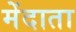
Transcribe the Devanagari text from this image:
मेंदाता